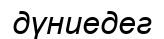
дүниедег